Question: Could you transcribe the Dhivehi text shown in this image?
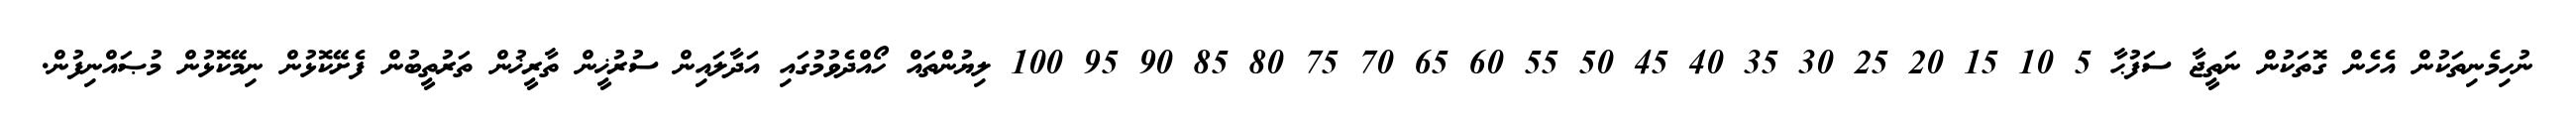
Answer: ނުހިމެނިތަކުން އެހެން ގޮތަކުން ނަތީޖާ ސަފުޙާ 5 10 15 20 25 30 35 40 45 50 55 60 65 70 75 80 85 90 95 100 ލިޔުންތައް ހޯއްދެވުމުގައި އަދާލައިން ސުރުޚީން ތާރީޚުން ތަރުތީބުން ފެށޭކޮޅުން ނިމޭކޮޅުން މުޞައްނިފުން.